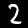
Label: 2